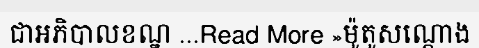
ជាអភិបាលខណ្ឌ ...Read More »ម៉ូតូសណ្តោង